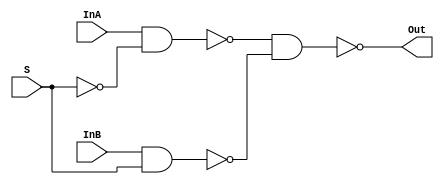
//********************************
//Owned by : nmohapatra@wisc.edu
//********************************


module mux2_1(InA, InB, S, Out);
  // --- Input and Outputs ---
  input InA, InB; // input data
  input S; // select line
  output Out;

  // --- wire ---
  wire notS, nandAS, nandBS;

  // --- Code ---
  assign notS = ~S;  

  assign nandAS = ~(InA & notS);
  assign nandBS = ~(InB & S);

  assign Out = ~(nandAS & nandBS);
endmodule